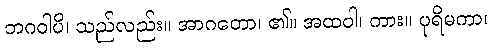
ဘဂဝါပိ၊ သည်လည်း။ အာဂတော၊ ၏။ အထဝါ၊ ကား။ ပုရိမကာ၊